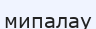
мипалау